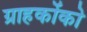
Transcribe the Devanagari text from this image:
ग्राहकोंको